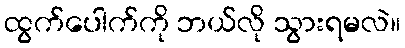
ထွက်ပေါက်ကို ဘယ်လို သွားရမလဲ။